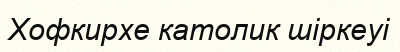
Хофкирхе католик шіркеуі